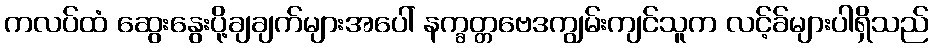
ကလပ်ထံ ဆွေးနွေးပို့ချချက်များအပေါ် နက္ခတ္တဗေဒကျွမ်းကျင်သူက လင့်ခ်များပါရှိသည်